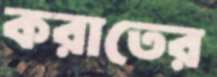
করাতের